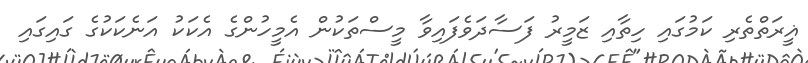
ޣީރަތްތެރި ކަމުގައި ހިތާއި ޒަމީރު ފަސާދަވެފައިވާ މީސްތަކުން އެމީހުންގެ އެކަކު އަނެކަކުގެ ގައިގައި